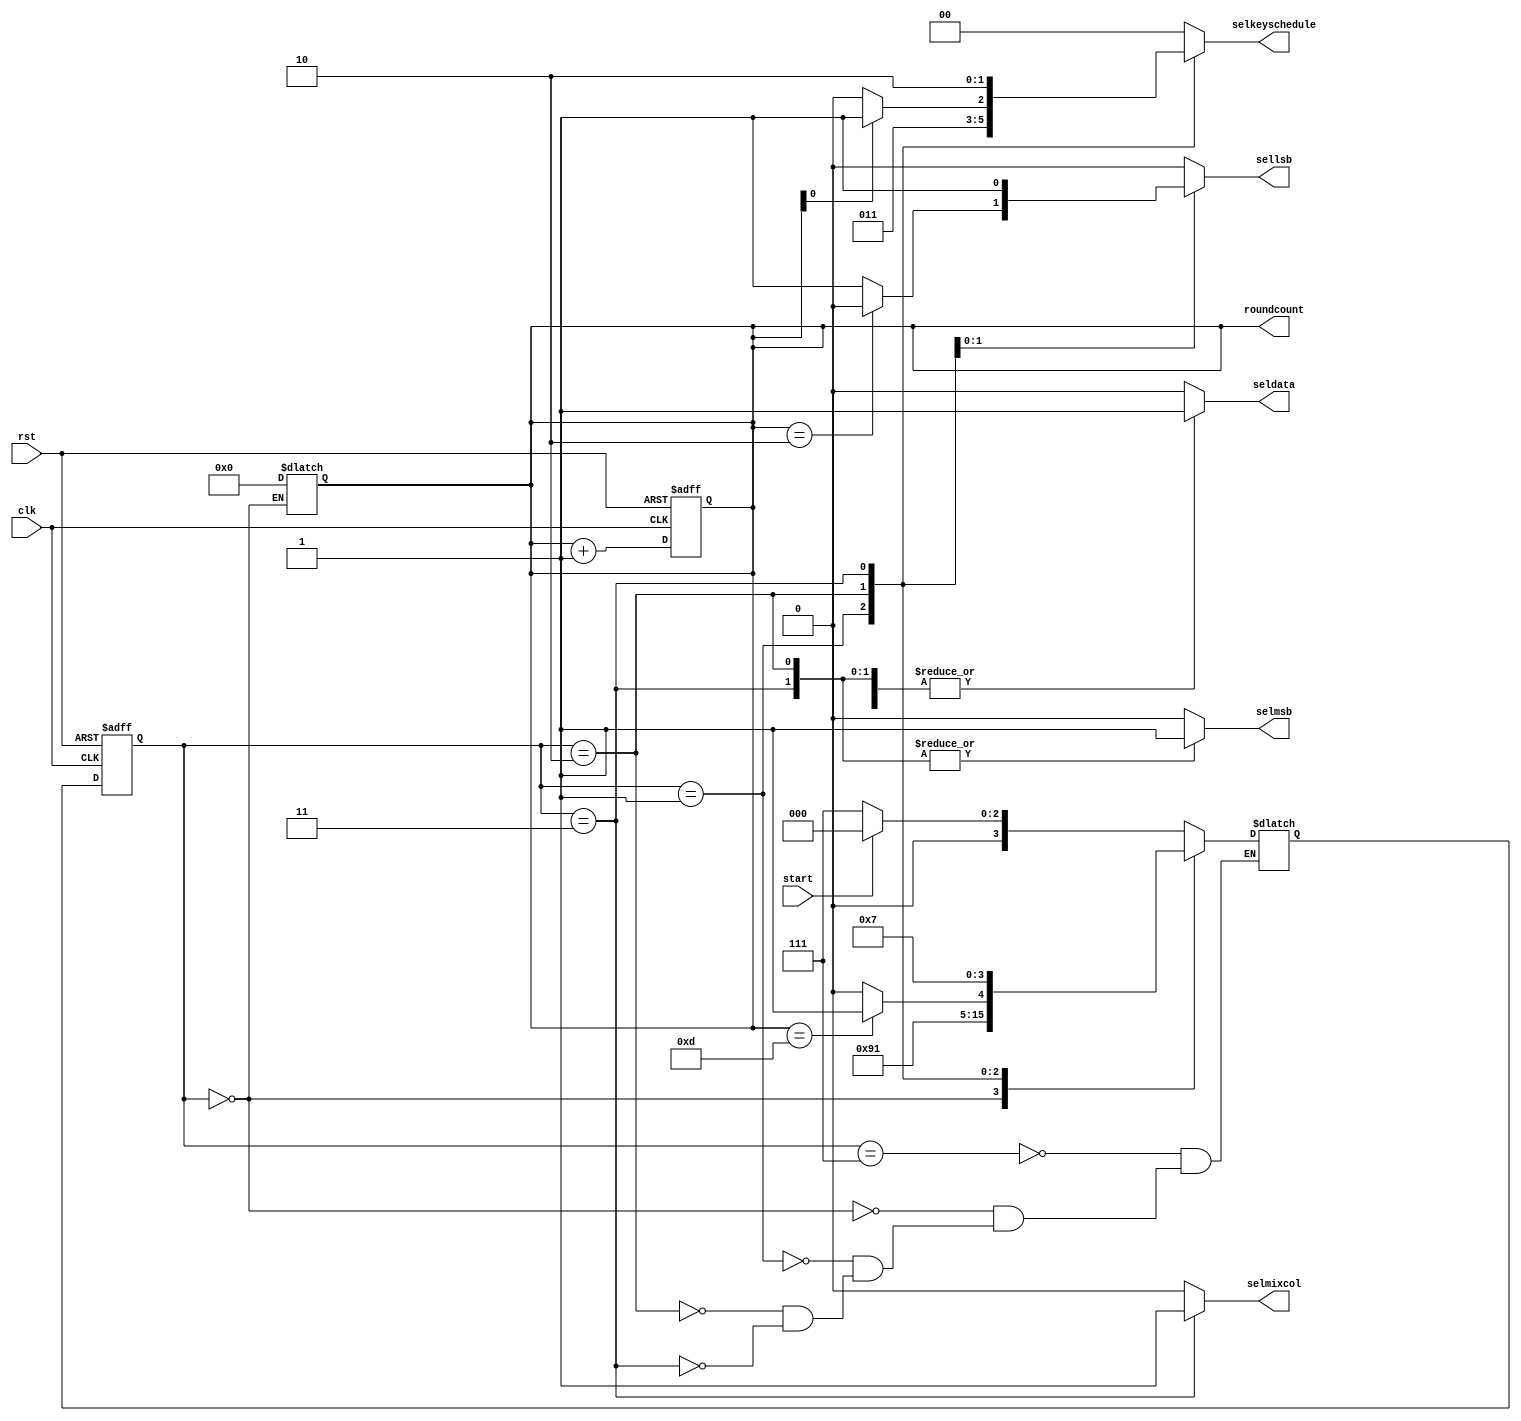
`timescale 1ns / 1ps
//////////////////////////////////////////////////////////////////////////////////
// Company: 
// Engineer: 
// 
// Design Name: 
// Module Name: control
// Project Name: 
// Target Devices: 
// Tool Versions: 
// Description: 
// 
// Dependencies: 
// 
// Revision:
// Revision 0.01 - File Created
// Additional Comments:
// 
//////////////////////////////////////////////////////////////////////////////////


module control(input clk,input rst,input start,output selmixcol,
output seldata,
output [1:0] selkeyschedule,
output selmsb,sellsb,
output [3:0] roundcount );
parameter IDLE  = 3'b111,ROUND0 = 3'b000,ROUND1 = 3'b001,ROUND2_13 = 3'b010,FINALROUND=3'b011 ;
reg[3:0] count;
reg[3:0] CS;
reg[3:0] NS;
reg temp_selmixcol,temp_seldata,temp_selmsb,temp_sellsb;
reg[1:0] temp_selkeyschedule;
always @ (posedge clk,posedge rst)
begin  
if (rst == 1'b1) begin
    CS <=IDLE;
    count<=0;
    end
   else begin
    CS <= NS;
    count<=count+1;
    end
 end
always@(CS,start,count) begin
case(CS)
IDLE: if(start==1)begin
        NS<=ROUND0;
        end
        else
        NS<=IDLE;
ROUND0: NS<=ROUND1;       
ROUND1: NS<=ROUND2_13;
ROUND2_13: if(count==13)
            NS<=FINALROUND;
            else
            NS<=ROUND2_13;
FINALROUND: NS<=IDLE;
endcase
end
always@(CS,count) begin 
case (CS)
IDLE:   begin
 temp_selmsb<=0;
 temp_sellsb<=0;
 temp_selmixcol<=0;
 temp_seldata<=0;
 temp_selkeyschedule<=0;
end 
ROUND0: begin  
    count<=0;
    temp_selmsb<=0;
    temp_sellsb<=0;
    temp_seldata<=0; 
    temp_selmixcol<=0;   
    temp_selkeyschedule=0;
    end 
ROUND1: begin  
    temp_selmsb<=0;
    temp_sellsb<=0;
    temp_seldata<=1; 
    temp_selmixcol<=0;   
    temp_selkeyschedule=1;
    end
ROUND2_13: begin  
    temp_seldata<=1; 
    temp_selmixcol<=0; 
    if(count[0]==0) begin
     temp_selkeyschedule=2;
     end else begin
        temp_selkeyschedule=3;
        end
    temp_selmsb<=1;
    if(count==2)begin
    temp_sellsb<=0;
    end
    else begin
    temp_sellsb<=1;
    end
    end      
FINALROUND: begin  
    temp_seldata<=1; 
    temp_selmixcol<=1;   
    temp_selkeyschedule=2;
    temp_selmsb<=1;
    temp_sellsb<=1;  
    end
default: begin  
    temp_seldata<=0; 
    temp_selmixcol<=0;   
    temp_selkeyschedule=0;  
    temp_selmsb<=0;
    temp_sellsb<=0;
    end
endcase
end
assign roundcount=count;  
assign seldata=temp_seldata; 
assign selmixcol = temp_selmixcol;   
assign selkeyschedule = temp_selkeyschedule;  
assign selmsb=temp_selmsb;
assign sellsb=temp_sellsb;
endmodule